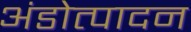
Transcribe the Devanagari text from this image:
अंडोत्पादन